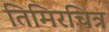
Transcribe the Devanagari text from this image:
तिमिरचित्र